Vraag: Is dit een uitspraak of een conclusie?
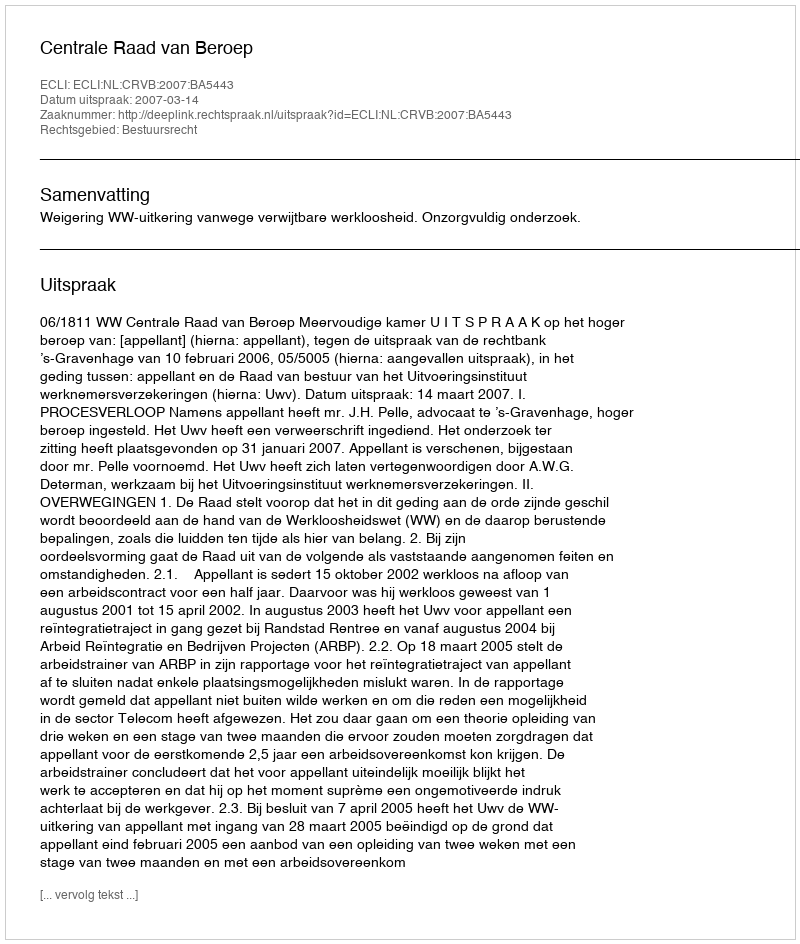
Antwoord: Uitspraak